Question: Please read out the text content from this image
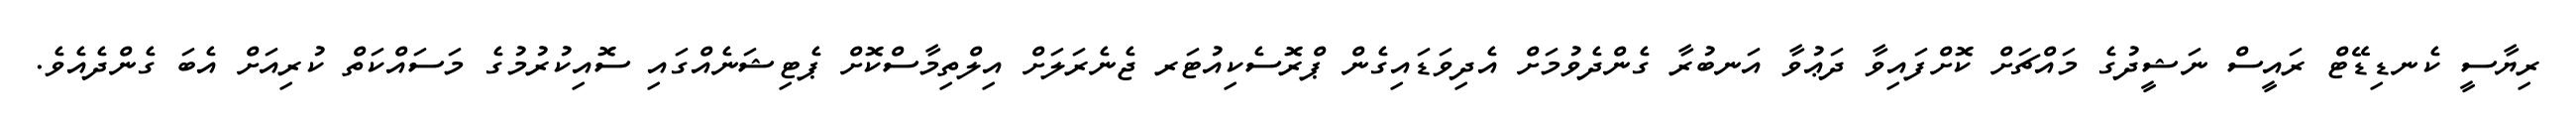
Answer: ރިޔާސީ ކެނޑިޑޭޓް ރައީސް ނަޝީދުގެ މައްޗަށް ކޮށްފައިވާ ދަޢުވާ އަނބުރާ ގެންދެވުމަށް އެދިވަޑައިގެން ޕްރޮސެކިއުޓަރ ޖެނެރަލަށް އިލްތިމާސްކޮށް ޕެޓިޝަނެއްގައި ސޮއިކުރުމުގެ މަސައްކަތް ކުރިއަށް އެބަ ގެންދެއެވެ.